Lunatic asylums Punjab 1881-1894 - 1881-1894
Year: 1881
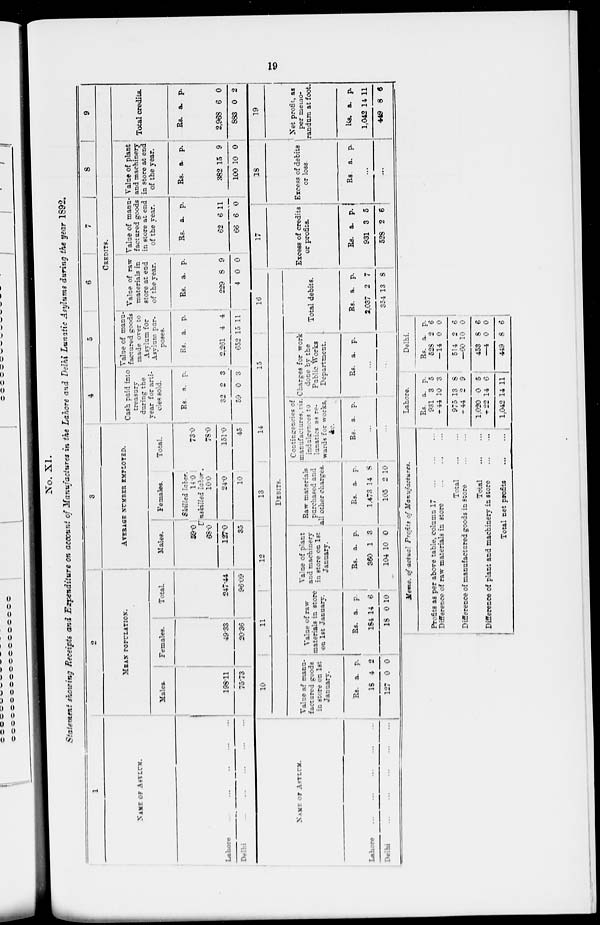
19
No. XI.
Statement showing Receipts and Expenditure on account of Manufactures in the Lahore and Delhi Lunatic Asylums during the year 1892.
1
NAME OF ASYLUM.
Lahore ... ... ... ...
Delhi
...
...
...
...
2
MEAN POPULATION.
Males
198.11
75.73
Females.
49.33
20.36
Total
247.44
96.09
3
AVERAGE NUMBER EYPLOYED.
Males.
59.0
68.0
127.0
35
Females.
Skilled labor.
14.0
Unskilled labor.
10 .0
24.0
10
Total.
78.0
151.0
45
4
5
6
7
8
9
CREDITS.
Cash paid into
treasury
during the
year for arti-
cles sold.
Rs.
32
59
a.
2
0
p.
3
3
Value of manu-
factured goods
made over to
Asylum for
Asylum pur-
poses.
Rs.
2.261
652
a.
4
15
p.
4
11
Value of raw
materials in
store at end
of the year.
Rs.
229
4
a.
8
0
p.
9
0
Value of manu-
factured goods
in store at end
of the year.
Rs.
62
66
a.
6
6
p.
11
0
Value of plant
and machinery
in store at end
of the year.
Rs.
382
100
a.
15
10
p.
9
0
Total credits.
Rs.
2,968
883
a.
6
0
p.
0
2
NAME OF ASYLUM.
Lahore ... ... ... ...
Delhi ... ... ...
10
11
12
13
14
15
16
DEBITS.
Value at manu-
factured goods
in store on 1st
January.
Rs.
18
127
a.
4
0
p.
2
0
Value of raw
marerials in store
on 1st January.
Rs.
184
18
a.
14
0
p.
6
10
Value of plant
and machinery
in store on 1st
January.
Rs.
360
104
a.
1
10
p.
3
0
Raw materials
all other charges.
Rs.
1.473
105
a.
14
2
p.
8
10
Contingencies of
manufactures. viz.
indulgences to
lunatics as re-
wards for works,
&c.
Rs.
a.
p.
...
...
Charges for work
done by the
Public Works
Department.
Rs. a. p.
...
...
Total debits.
Rs.
2,037
354
a.
2
13
p.
7
8
17
Excess of credits
or profits.
Rs.
931
528
a.
3
2
p.
5
6
18
Excess of debits
or loss.
Rs
a. p.
...
...
19
Net profit, as
per memo-
randum at foot.
Rs.
1,042
449
a.
14
8
p.
11
6
Memo. of actual Profirs of
Manufactures.
Profits as per above table, column 17
...
...
...
Difference of raw materials in store ... ... ...
Total
...
...
Difference of manufactured goods in store ... ...
Total ... ...
Difference of plant and machinery in store ... ...
Total net profins ... ...
Lahore.
Rs
931
- 44
975
-44
1,050
-22
1,042
a.
3
10
13
2
0
14
14
p.
5
3
8
9
5
6
11
Delhi.
Rs.
528
— 14
514
—60
453
—4
449
a.
2
0
2
10
8
0
8
p.
0
0
6
0
6
0
6